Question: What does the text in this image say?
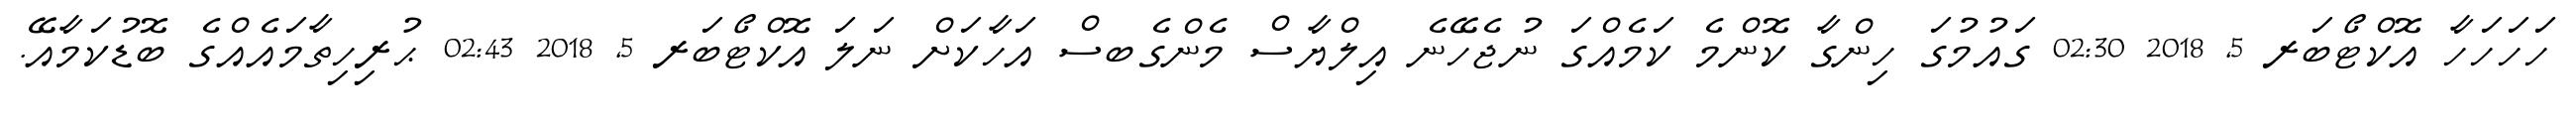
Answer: ހަހަހަހާ އޮކްޓޯބަރ 5, 2018 02:30 ގައުމުގަ ހިންގާ ކޮންމެ ކަމެއްގަ ނުޖެހޭނެ އިލްޔާސް މެންގެބސް އަހާކަށް ނަލަ އޮކްޓޯބަރ 5, 2018 02:43 ޙުރިހިތާމައެއްގެ ބޮޑުކަމާއޭ.